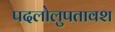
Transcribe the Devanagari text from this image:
पदलोलुपतावश